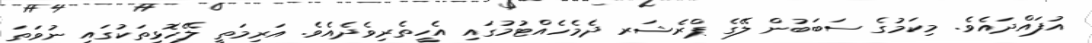
އުފައްދައެވެ. މިކަމުގެ ސަބަބުން ލޭގެ ޕްރެޝަރ ދެމެހެއްޓުމުގައި އެހީތެރިވެދެއެވެ. އަރިމަތީ ލޭހޮޅިތަކުގައި ނުވަތަ